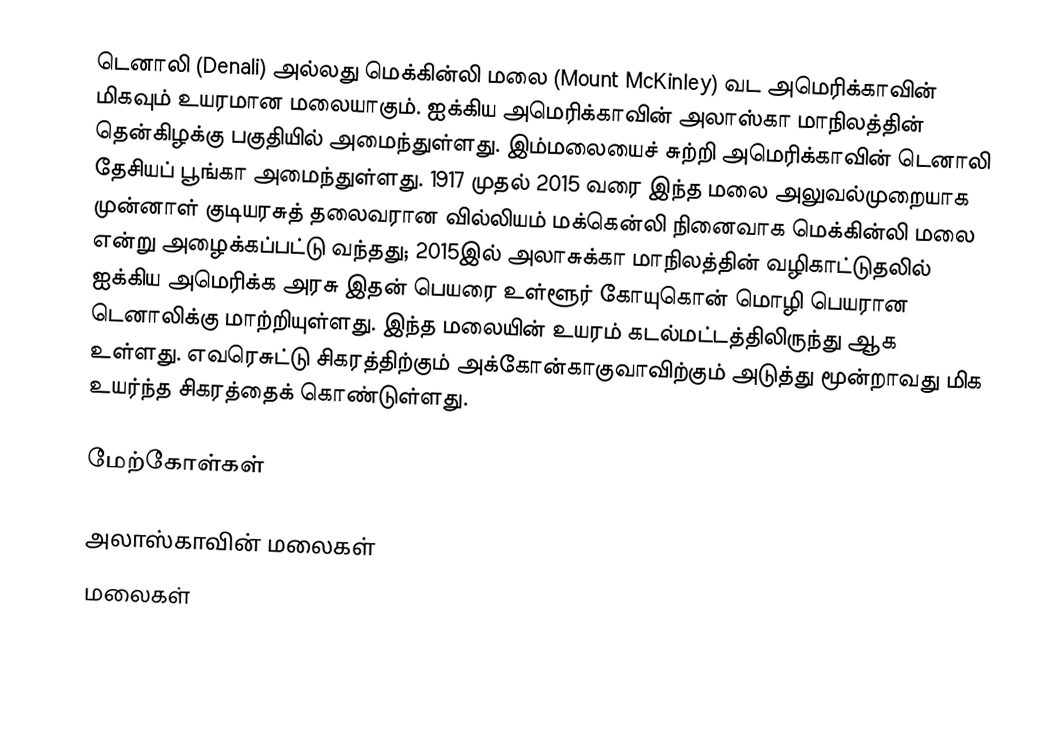
டெனாலி (Denali) அல்லது மெக்கின்லி மலை (Mount McKinley)  வட அமெரிக்காவின் மிகவும் உயரமான மலையாகும். ஐக்கிய அமெரிக்காவின் அலாஸ்கா மாநிலத்தின் தென்கிழக்கு பகுதியில் அமைந்துள்ளது. இம்மலையைச் சுற்றி அமெரிக்காவின் டெனாலி தேசியப் பூங்கா அமைந்துள்ளது. 1917 முதல் 2015 வரை இந்த மலை அலுவல்முறையாக முன்னாள் குடியரசுத் தலைவரான வில்லியம் மக்கென்லி நினைவாக மெக்கின்லி மலை என்று அழைக்கப்பட்டு வந்தது;  2015இல் அலாசுக்கா மாநிலத்தின் வழிகாட்டுதலில் ஐக்கிய அமெரிக்க அரசு இதன் பெயரை  உள்ளூர் கோயுகொன் மொழி பெயரான டெனாலிக்கு மாற்றியுள்ளது. இந்த மலையின் உயரம் கடல்மட்டத்திலிருந்து  ஆக உள்ளது. எவரெசுட்டு சிகரத்திற்கும்  அக்கோன்காகுவாவிற்கும் அடுத்து மூன்றாவது மிக உயர்ந்த சிகரத்தைக் கொண்டுள்ளது.

மேற்கோள்கள்

அலாஸ்காவின் மலைகள்
மலைகள்